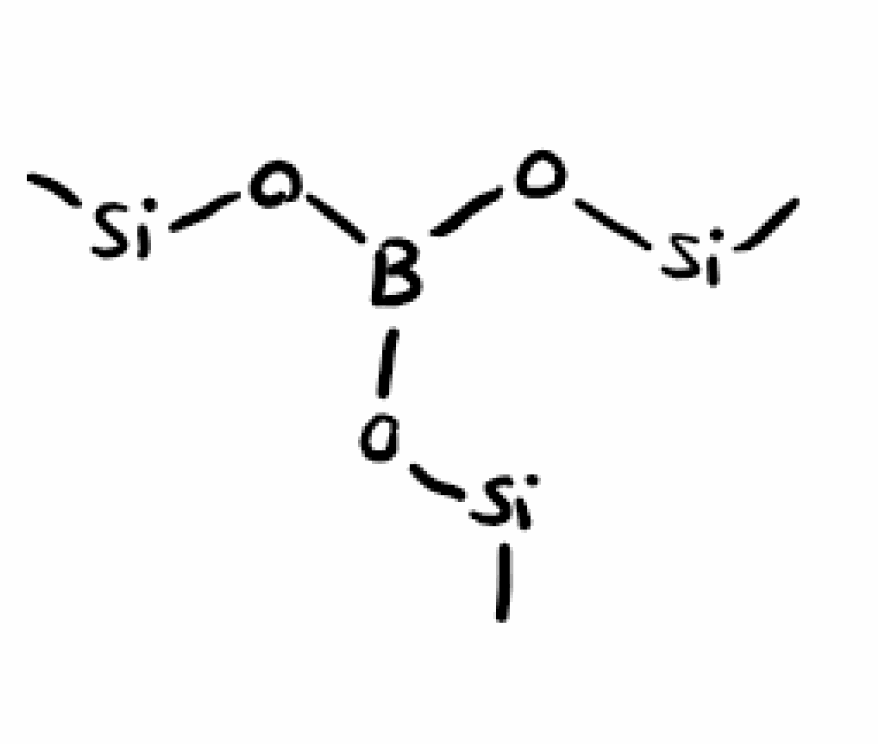
Simplified molecular-input line-entry system (SMILES) notation of the given molecule:
B(O[Si]C)(O[Si]C)O[Si]C